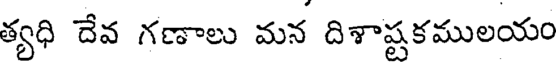
త్యధి దేవ గణాలు మన దిశాష్టకములయం